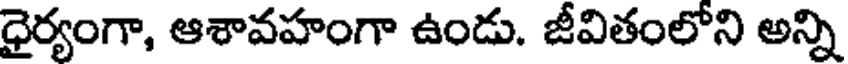
ధైర్యంగా, ఆశావహంగా ఉండు. జీవితంలోని అన్ని